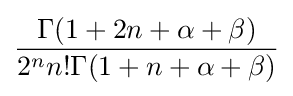
{\frac {\Gamma (1+2n+\alpha +\beta )}{2^{n}n!\Gamma (1+n+\alpha +\beta )}}